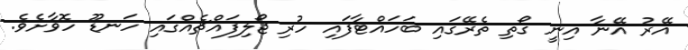
އޭރު އޭނާ އިނީ ގޯތި ތެރޭގައި ބަހައްޓާފައި ހުރި ޖޯލިފައްޗެއްގައި ހަނޑޫ ހޮވާށެވެ.